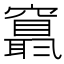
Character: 𥨬